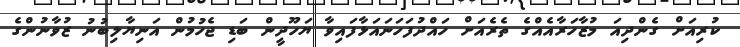
ކުރިއަށް ގެންދިއަ މުޒާހަރާއެއްގެ ތެރެއަށް ހައްދުފަހަނައަޅާފައިވާ ޔަހޫދީން ބަޑި ޖެހުމުން އަނިޔާލިބުނު ޒުވާނުންގެ